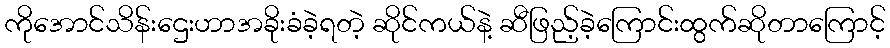
ကိုအောင်သိန်းဌေးဟာအခိုးခံခဲ့ရတဲ့ ဆိုင်ကယ်နဲ့ ဆီဖြည့်ခဲ့ကြောင်းထွက်ဆိုတာကြောင့်